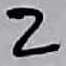
Text: 2